Bréfritari: Stefanía Siggeirsdóttir
Viðtakandi: Páll Pálsson
Dagsetning: A-1865-04-11
Skrifað á: Hraungerði  Árn.
Stefanía var bróðurdóttir Páls Pálssonar

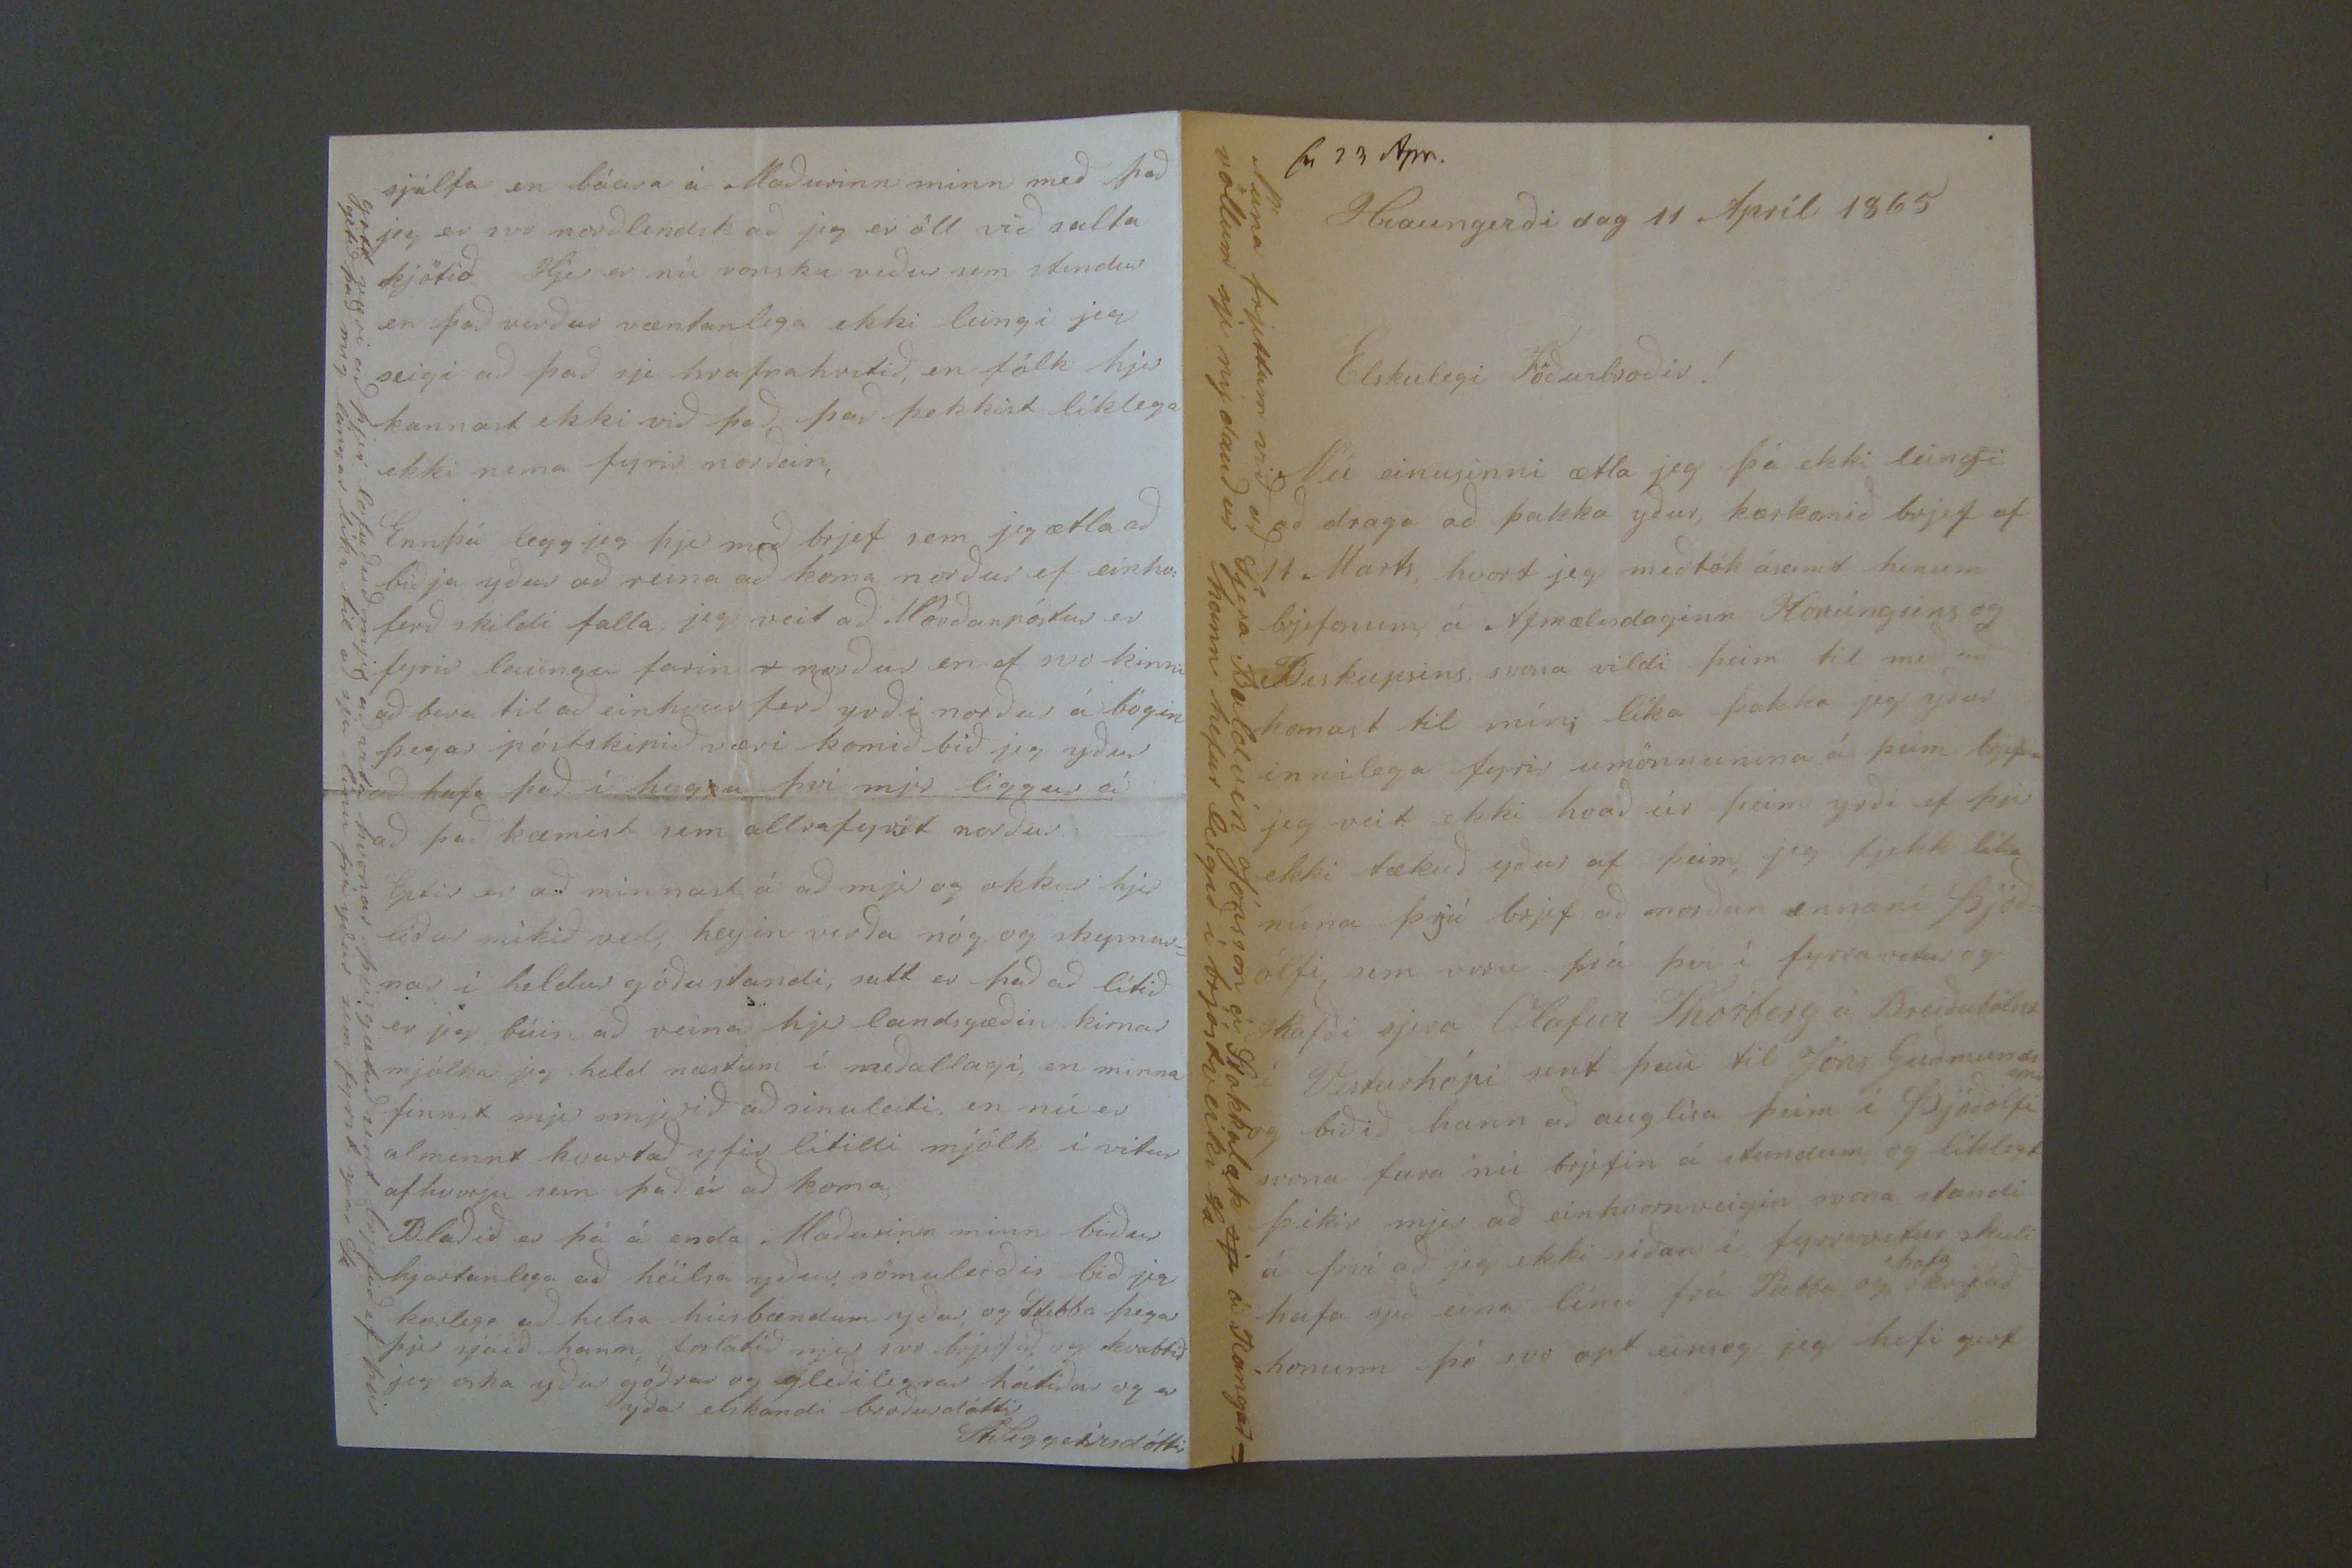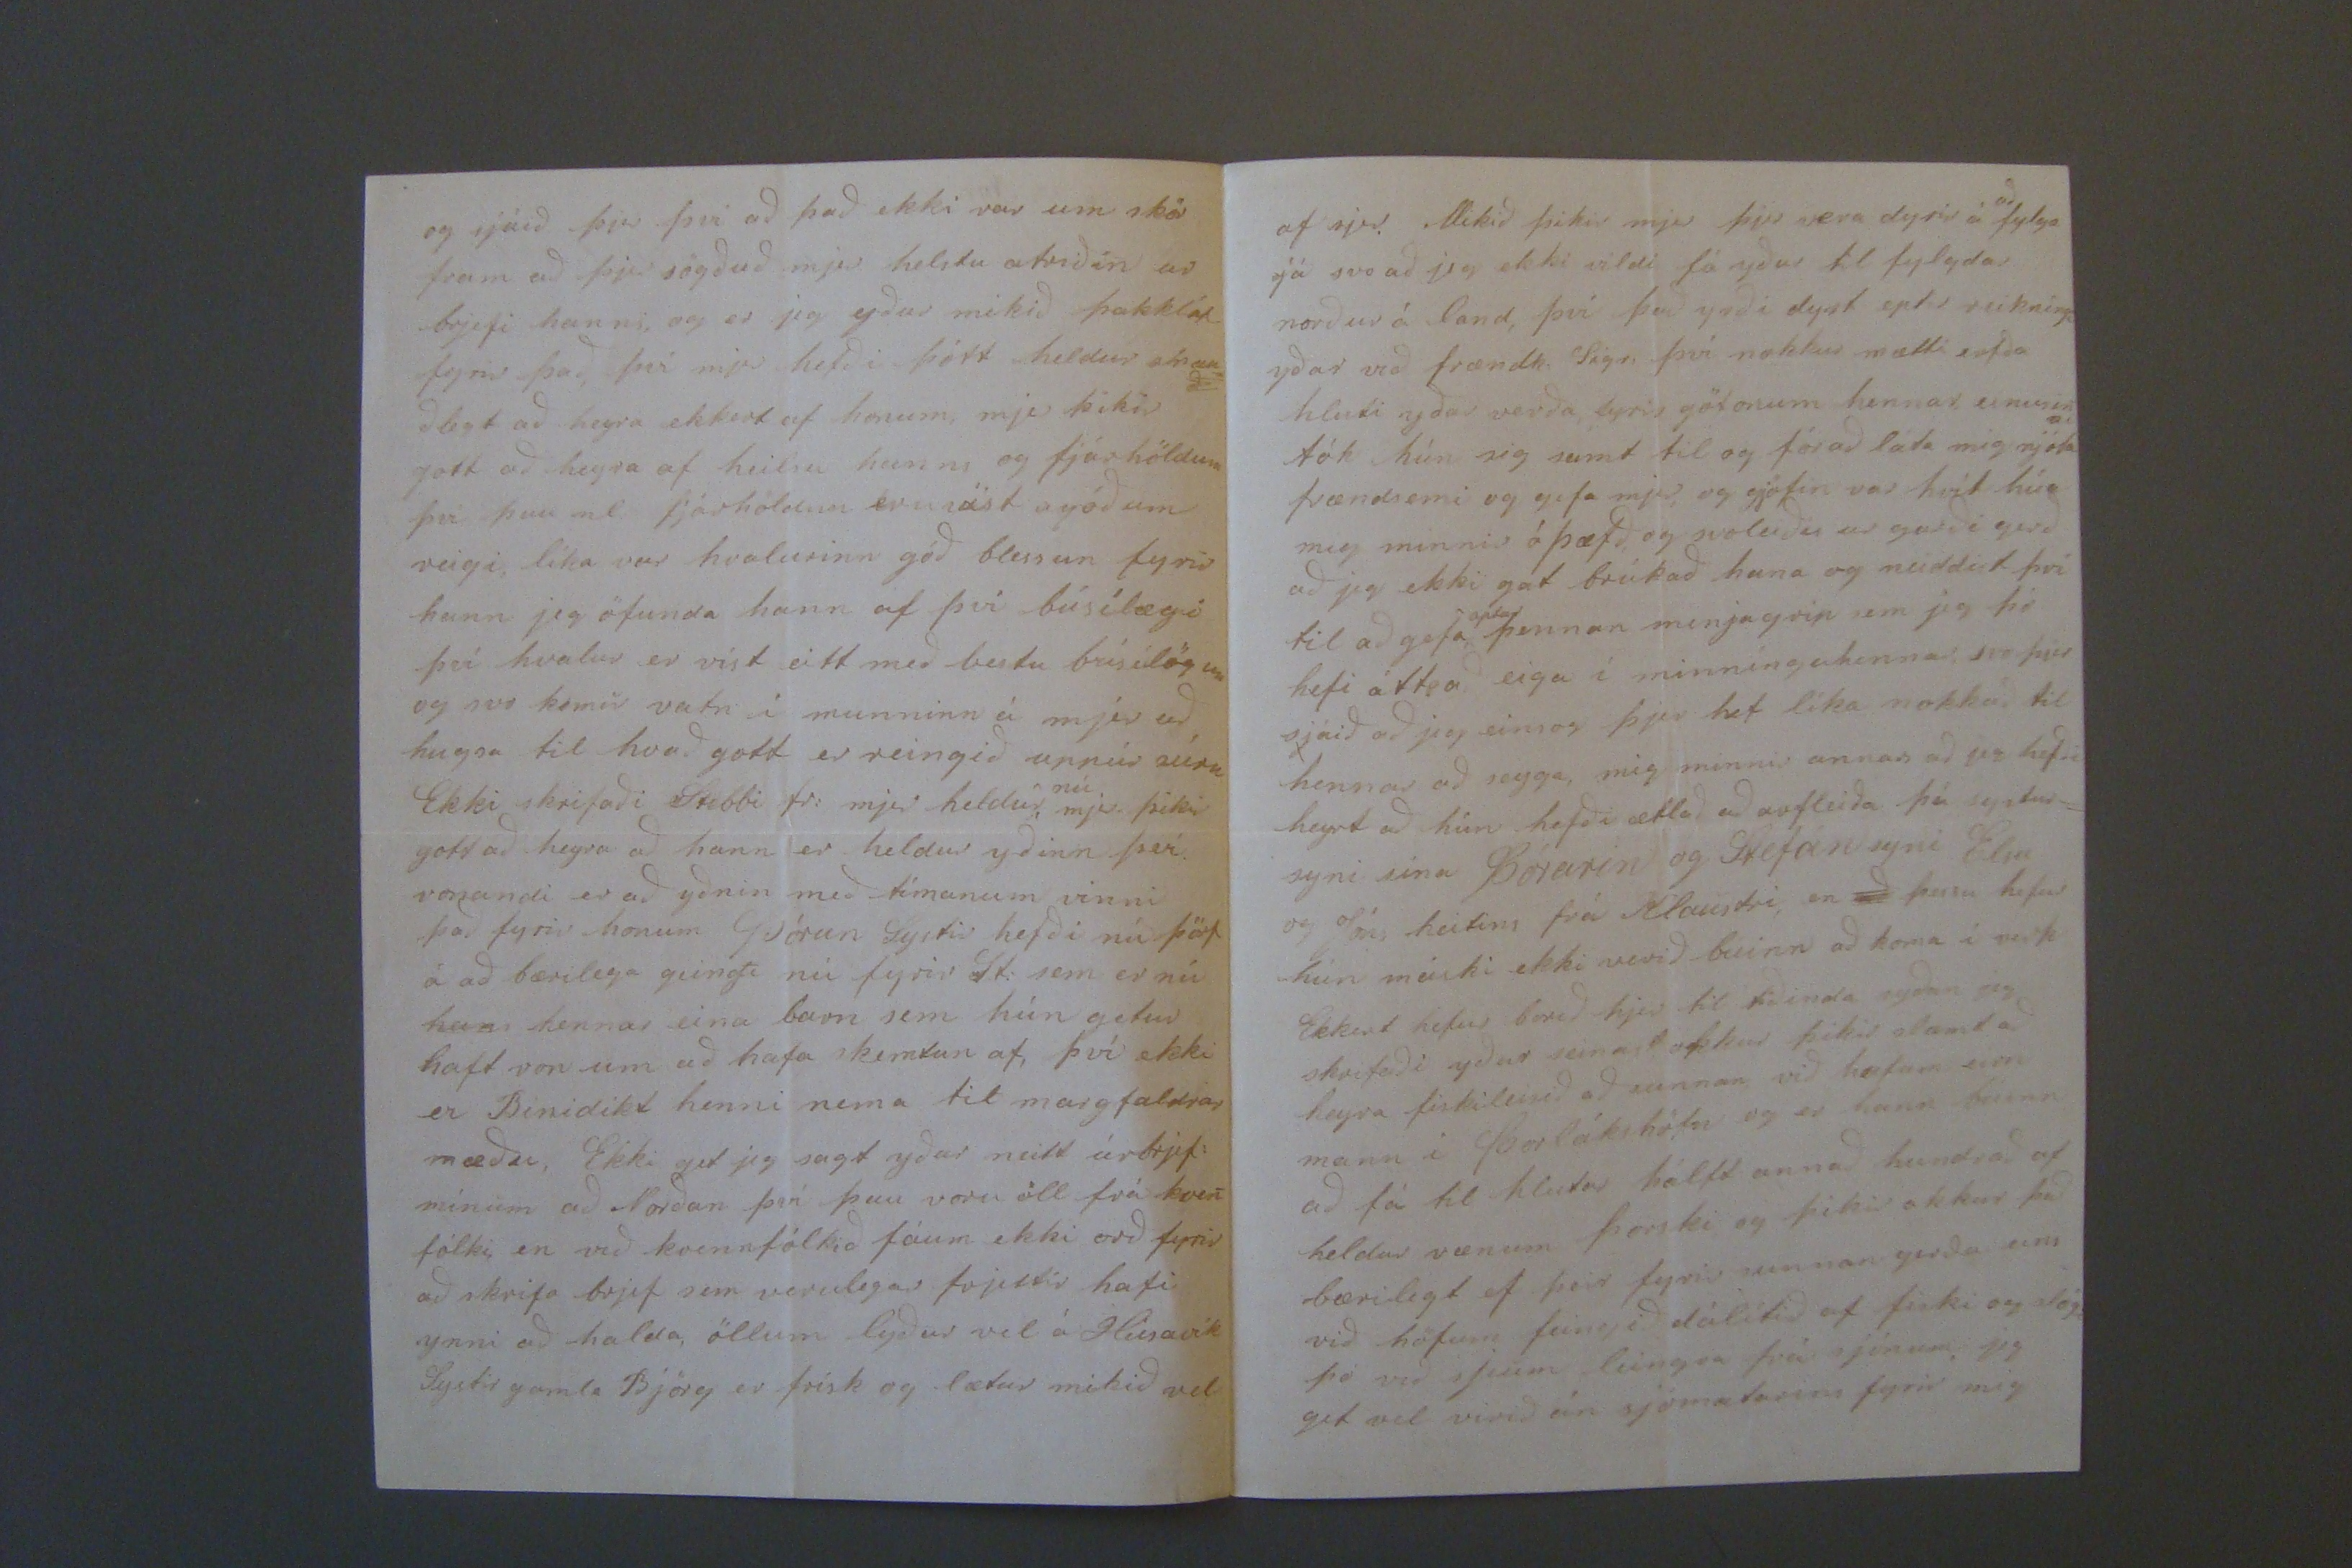

sv 23 Apr.
Hraungerði dag 11 Apríl 1865
Elskulegi Föðurbroðir!
Nú einusinni ætla jeg þá ekki leingi að draga að þakka yður, kærkomið brjef af 11 mMarts, hvort jeg meðtók ásamt hinum brjefonum á Afmælisdaginn Konúngsins og Biskupsins, svona vildi þeim til með að komast til mín; líka þakka jeg yður innilega fyrir umönnunina á þeim brjef
um
jeg veit ekki hvað úr þeim yrði ef þjer ekki tækuð yður af þeim, jeg fjekk líka núna þrjú brjef að norðan annari Þjóð= ólfi, sem voru frá því í fyrravetur og hafði sjera Olafur Thorberg á Breiðabólsst í Vesturhópi
sint
þau til Jóns guðmundssini og biðið hann að auglísa þeim í Þjóðólfi svona fara nú brjefin á stundum og líklegt þikir mjer að einhvornveigin svona standi á því að jeg ekki síðan í fyrravetur skuli hafa sjeð eina línu frá Stebba og
hafa
skrifað honum þó svo opt einsog jeg hafi gert
Núna frjettum við að Sjera Baldvin Jónsson á Skakkalæk
sje
á Rángar= völlum sje ný dauður hann hefur leigið í brjóstveiki St
og sjáið þjer því að það ekki var um skör fram að þjer sögðuð mjer helstu atriðin að brjefi hanns, og er jeg yður mikið þakklát fyrir það, þvi mjer hefði þótt heldur
00a0
ðlegt að heyra ekkert af honum, mjer þikir gott að heyra af heilsu hanns og fjárhöldum því þau nl fjárhöldum eru
í ást agóðum
veigi, líka var hvalurinn góð blessun fyrir hann jeg öfunda hann af því búsilægi því hvalur er víst eitt með bestu búsílögum og svo kemur vatn í munninn á mjer að hugsa til hvað gott er reingið uppúr súru Ekki skrifaði Stebbi fr: mjer heldur
nú
mjer þikir gott að heyra að hann er heldur yðinn sjer vonandi er að yðnin með tímanum vinni það fyrir honum Þórun systir hefði nú þörf á að bærilega geingti nú fyrir St: sem er nú
hann
hennar eina barn sem hún getur haft von um að hafa skemtun af, því ekki er Benidikt henni nema til margfaldrar mæðu, Ekki get jeg sagt yður neitt úr brjef: mínum að Norðan því þau voru öll frá kven fólki, en við kvennfólkið fáum ekki orð fyrir að skrifa brjef sem verulegar frjettir hafi ynni að halda, öllum lyður vel á Húsavík Systir gamla Björg er frísk og lætur mikið vel
af sjer. Mikið þikir mjer þjer vera
dyrin
á
að
fylga
sjá
svo að jeg ekki vildi fá yður til fylgdar norður á land, því það yrði dyrt eptir reikningi yðar við frændk. Sigr. því nokkur mætti erfða hluti yðar verða fyrir götonum hennar einusini tók hún sig samt til og fór að láta mig njóta frændsemi og gefa mjer, og gjöfin var hvít hún minnir á þæfð, og svoleiðis ur garði gerð að jeg ekki gat brúkað hana og neiddist því til að gefa
optar
þennan minjagrip sem jeg þó hefi átt, að eiga í minníngu hennar svo þjer sjáið að jeg einsog þjer hef líka nokkuð til hennar að seyga, mig minnir annars að jeg hefði heyrt að hún hefði ætlað að
00
fleiða þá systur= syni sína Þórarin og Stefánsyni Elsu og Jóns heitins frá Klaustri, en
að
þessu hefur hún máski ekki verið búinn að koma í verk Ekkert hefur borið hjer til tíðinda syðan jeg skrifaði yður seinast okkur þikir slæmt að heyra fiskileisið að sunnan við hofum
einn
mann i orlákshöfn og er hann buinn að fá til hlutar hálft annað hundrað af heldur vænum þorski og þikir okkur það bærilegt ef þeir fyrir sunnan gerðu eins við höfum feingið dálítið af fiski og
slógi
þó við sjeum leingra frá sjónum, jeg get vel verið án sjómatarins fyrir mig
sjálfa en báara á Maðurinn minn með það jeg er svo norðlendsk að jeg er öll við salta kjötið Hjer er nú vonsku niður sem stendur en það verður væntanlega ekki leingri jeg seigi að það sje hrafnahvitið, en fólk hjer kannast ekki við það það þekkist líklega ekki nema fyrir norðan, Ennþá legg jeg hjer með brjef sem jeg ætla að biðja yður að reina að koma norður ef einhv: ferð skildi falla jeg veit að Norðanpóstur er fyrir laungu farin * norður en ef svo kinni að bera til að einhvur ferð yrði norður á bógin þegar póstskipið væri komið bið jeg yður að hafa það í hyg
g
u því mjer liggur á að það kæmist sem allrafyrst norður Eptir er að minnast á að mjer og okkur hjer líður mikið vel, heyin verða nóg og skymur= nar í heldur góðustandi, satt er það að lítið er jeg búin að reina hjer landsgæðin kirnar mjólka jeg held næstum í meðallagi, en minna finnst mjer smjerið að sinuleiti, en nú er almennt kvartað yfir lítilli mjólk í vetur afhvurju sem það á að koma, Blaðið er þá á enda Maðurinn minn biður hjartanlega að heilsa yður sömuleiðis biðja kærlega að helsa húsbændum yður og Stebba þegar þjer sjáið hann, forlátið mjer svo brjefið og kvabbið jeg oska yður góðrar og gleðilegrar hátíðar og er yðar elskandi bróðurdóttir
St Siggeirsdóttir
gott væri að þjer lofuðuð mjer að vita hvonar þjer gætuð sent brjefið ef þú getið það mig lángar líka til að sja línu frá yðar sem fyrst yðar St